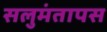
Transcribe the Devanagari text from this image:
सलुमंतापस